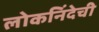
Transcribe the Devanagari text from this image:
लोकनिंदेची